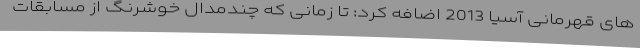
های قهرمانی آسیا 2013 اضافه کرد: تا زمانی که چندمدال خوشرنگ از مسابقات